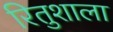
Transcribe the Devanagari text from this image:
रितुशाला